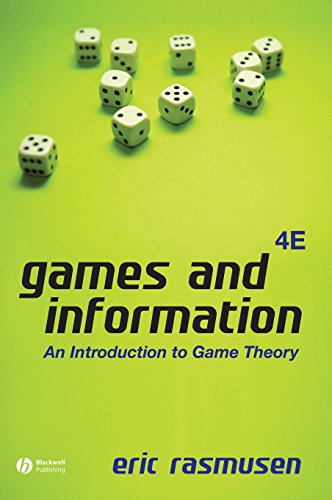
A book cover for Games and Information: An Introduction to Game Theory; Eric Rasmusen; Science & Math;